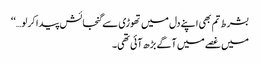
بشرط تم بھی اپنے دل میں تھوڑی سے گنجائش پیدا کر لو…‘‘
میں غصے میں آگے بڑھ آئی تھی۔